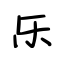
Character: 乐